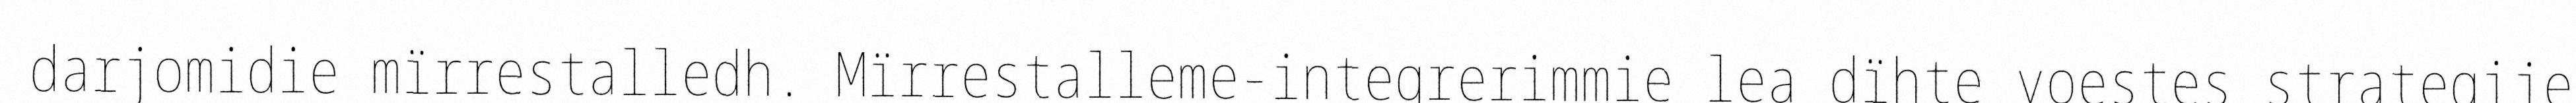
darjomidie mïrrestalledh. Mïrrestalleme-integrerimmie lea dïhte voestes strategije